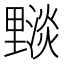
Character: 𨤵